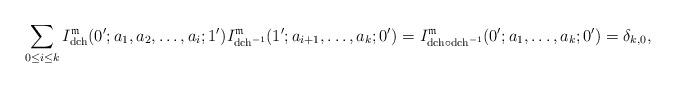
LaTeX: \begin{align*}\sum_{\substack{0\leq i\leq k}}I_{\mathrm{dch}}^{\mathfrak{m}}(0';a_{1},a_{2},\dots,a_{i};1')I_{\mathrm{dch}^{-1}}^{\mathfrak{m}}(1';a_{i+1},\dots,a_{k};0')=I_{\mathrm{dch}\circ\mathrm{dch}^{-1}}^{\mathfrak{m}}(0';a_{1},\dots,a_{k};0')=\delta_{k,0},\end{align*}